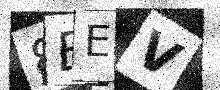
Text: 8BEV